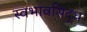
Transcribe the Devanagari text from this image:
स्वभावसिद्ध